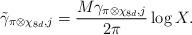
LaTeX: \begin{align*} \tilde{\gamma}_{\pi \otimes \chi_{8d}, j}= \frac{M\gamma_{\pi \otimes \chi_{8d}, j}}{2 \pi} \log X.\end{align*}